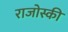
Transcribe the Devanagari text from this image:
राजोस्की